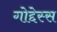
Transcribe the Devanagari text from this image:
गोद्देस्स